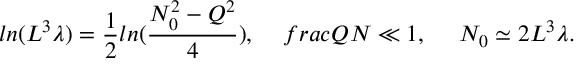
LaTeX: l n ( L ^ { 3 } \lambda ) = \frac { 1 } { 2 } l n ( \frac { N _ { 0 } ^ { 2 } - Q ^ { 2 } } { 4 } ) , \ \ \ \, f r a c { Q } { N } \ll 1 , \ \ \ \ N _ { 0 } \simeq 2 L ^ { 3 } \lambda .